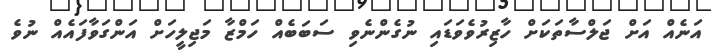
އަނެއް އަށް ޖަލްސާތަކަށް ހާޒިރުވެވަޑައި ނުގެންނެވި ސަބަބެއް ހަމްޒާ މަޖިލީހަށް އަންގަވާފައެއް ނުވެ